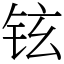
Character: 铉